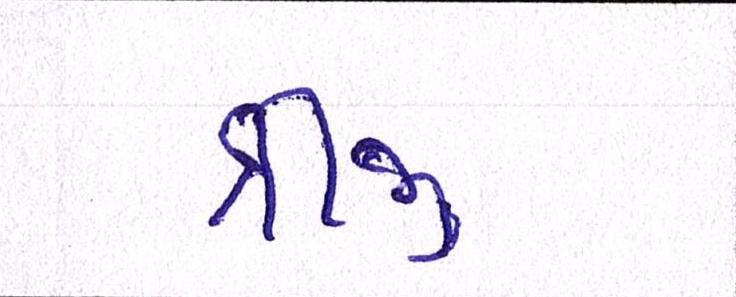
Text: ત્રીજી